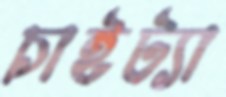
চাইট্যা